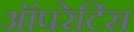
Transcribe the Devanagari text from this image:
ऑपरेटिंस